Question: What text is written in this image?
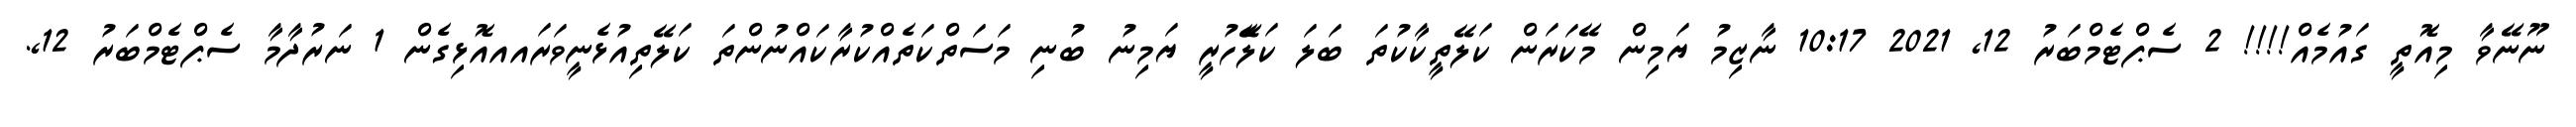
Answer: ނޫނޭވާ މިއޮތީ ގައުމެއް!!!! 2 ސެޕްޓެމްބަރު 12, 2021 10:17 ނާޒިމު ޔަމިން މޭކަރަން ކަލޭތީކާކުތަ ބަލަ ކަލެޭހުރީ ޔަމިނު ބުނި މަސަތްކަތެއްކުރާކައްނުންތަ ކަލޭތިއުޅެނީވަރައއއޮޅިގެން 1 ނަރުދާމާ ސެޕްޓެމްބަރު 12,.